Medical and sanitary report of the native army of Madras for the year
Year: 1877
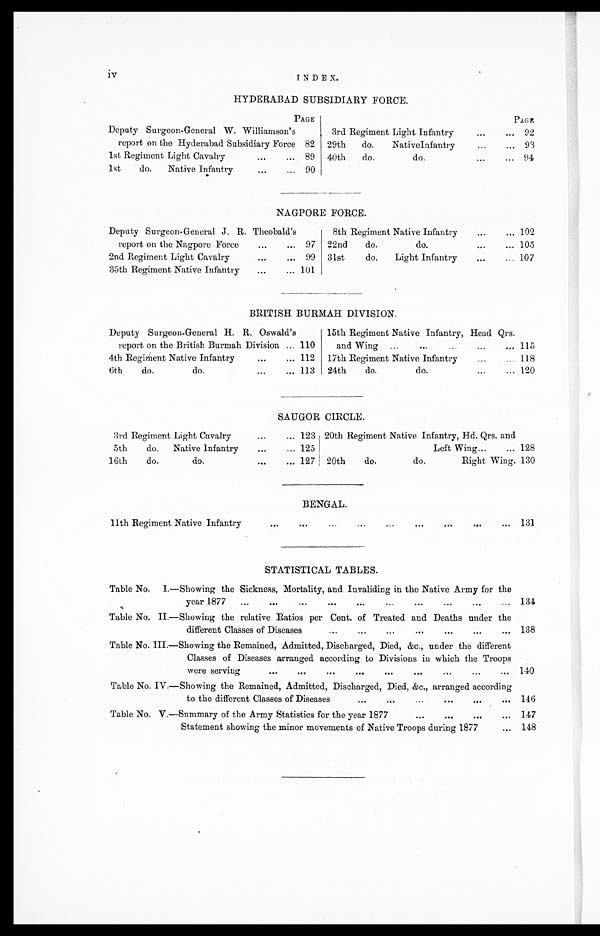
iv
INDEX.
HYDERABAD SUBSIDIARY FORCE.
PAGE
PAGE
Deputy Surgeon-General W. Williamson's
report on the Hyderabad Subsidiary Force 82
3rd Regiment Light Infantry
92
29th
do.
NativeInfantry
93
1st Regiment Light Cavalry
89 40th
do.
do.
94
1st
do.
Native Infantry
90
NAGPORE FORCE.
Deputy Surgeon-General J. R. Theobald's
report on the Nagpore Force
97
8th Regiment Native Infantry
102
22nd
do.
do.
105
2nd Regiment Light Cavalry
99 31st
do.
Light Infantry
107
35th Regiment Native Infantry
101
BRITISH BURMAH DIVISION.
Deputy Surgeon-General H. R. Oswald's
report on the British Burmah Division
110
15th Regiment Native Infantry, Head Qrs.
and Wing
115
4th Regiment Native Infantry
112
17th Regiment Native Infantry
118
6th
do.
do.
113
24th
do.
do.
120
SAUGOR CIRCLE.
3rd Regiment Light Cavalry
123 20th Regiment Native Infantry, Hd. Qrs. and
Left Wing
128
5th
do.
Native Infantry
125
16th
do.
do.
127 20th
do.
do.
Right Wing. 130
BENGAL.
11th Regiment Native Infantry
131.
STATISTICAL TABLES.
Table No.
I.—Showing the Sickness, Mortality, and Invaliding in the Native Army for the
year 1877
134
Table No. II.—Showing the relative Ratios per Cent. of Treated and Deaths under the
different Classes of Diseases
138
Table No. III.—Showing the Remained, Admitted, Discharged, Died, &c., under the different
Classes of Diseases arranged according to Divisions in which the Troops
were serving
140
Table No. IV.—Showing the Remained, Admitted, Discharged, Died, &c., arranged according
to the different Classes of Diseases
146
Table No. V.—Summary of the Army Statistics for the year 1877
147
Statement showing the minor movements of Native Troops during 1877
148